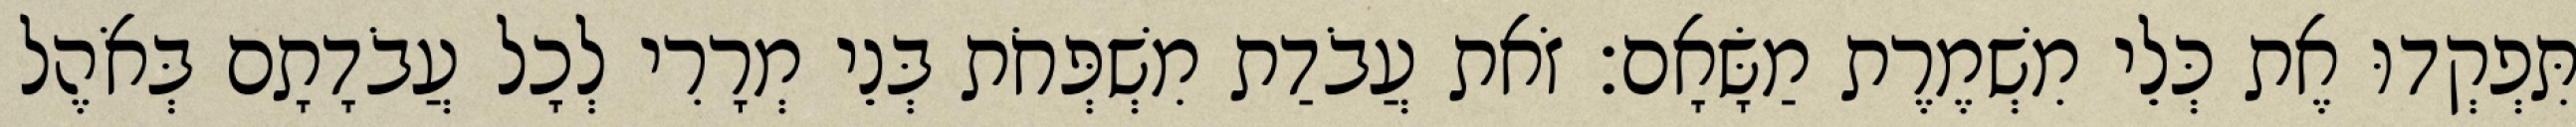
תִּפְקְדוּ אֶת כְּלֵי מִשְׁמֶרֶת מַשָּׂאָם׃ זֹאת עֲבֹדַת מִשְׁפְּחֹת בְּנֵי מְרָרִי לְכָל עֲבֹדָתָם בְּאֹהֶל